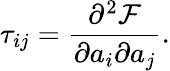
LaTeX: \tau_{ij}=\frac{\partial^{2}\mathcal{F}}{\partial a_{i}\partial a_{j}}.